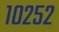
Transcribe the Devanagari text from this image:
१०२५२